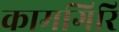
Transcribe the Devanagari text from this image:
कामगिरि